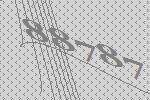
88787